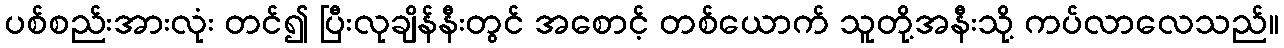
ပစ်စည်းအားလုံး တင်၍ ပြီးလုချိန်နီးတွင် အစောင့် တစ်ယောက် သူတို့အနီးသို့ ကပ်လာလေသည်။